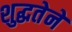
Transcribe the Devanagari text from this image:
शुद्धतेने